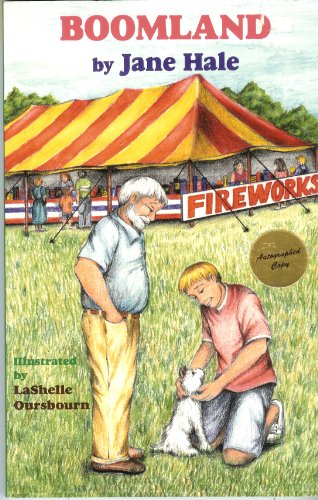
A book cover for Boomland: 4th of July Mystery (Land Series of Holiday Mysteries); Jane Hale; Children's Books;